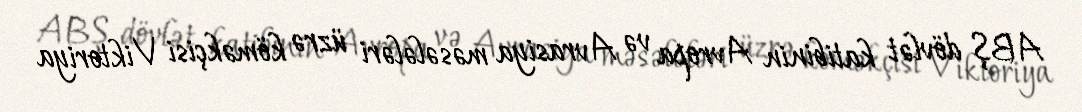
ABŞ dövlət katibinin Avropa və Avrasiya məsələləri üzrə köməkçisi Viktoriya